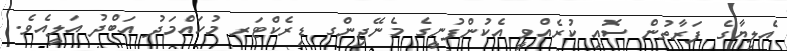
އެލިޔާގެ ފަރާތުން ސޮއި ކުރެއްވީ އެކުންފުނީގެ މެނޭޖިންގ ޑިރެކްޓަރ މުހައްމަދު އަބްދު އަލީއެވެ.